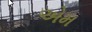
એમ